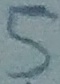
Text: 5